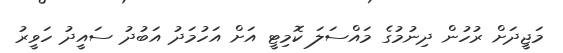
މަޖީދަށް ރުހުން ދިނުމުގެ މައްސަލަ ކޮމިޓީ އަށް އަހުމަދު އަބުދު ސައީދު ހަވީރު